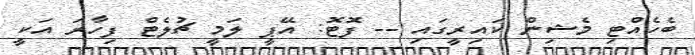
ބެހެއްޓި މެޝިން ކައިރީގައި -- ފޮޓޮ: އޭޕީ ލަމީ ޗުލެޓް ފިހާރަ އަކީ